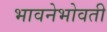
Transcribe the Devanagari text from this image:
भावनेभोवती